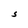
Character: S